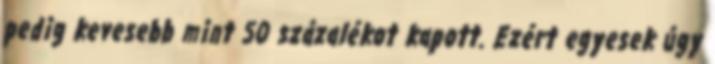
pedig kevesebb mint 50 százalékot kapott. Ezért egyesek úgy